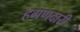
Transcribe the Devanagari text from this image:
हगणदारी